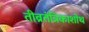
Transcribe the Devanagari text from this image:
तीव्रतंत्रिकाशोथ